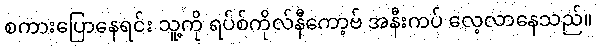
စကားပြောနေရင်း သူ့ကို ရပ်စ်ကိုလ်နီကော့ဗ် အနီးကပ် လေ့လာနေသည်။